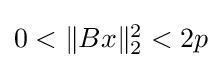
{\textstyle 0<\|Bx\|_{2}^{2}<2p}